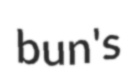
bun's